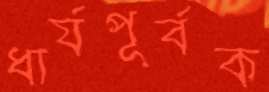
ধার্যপূর্বক